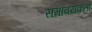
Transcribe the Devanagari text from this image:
समावयकता